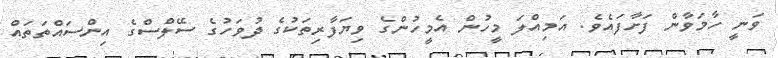
ވަނީ ހާމަވާން ފަށާފައެވެ. އަމިއްލަ މީހުން އެމީހުންގެ ވިޔަފާރިތަކުގެ ދުވަހުގެ ސޭލްސްގެ އިންސައްތަތައް